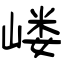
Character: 嵝